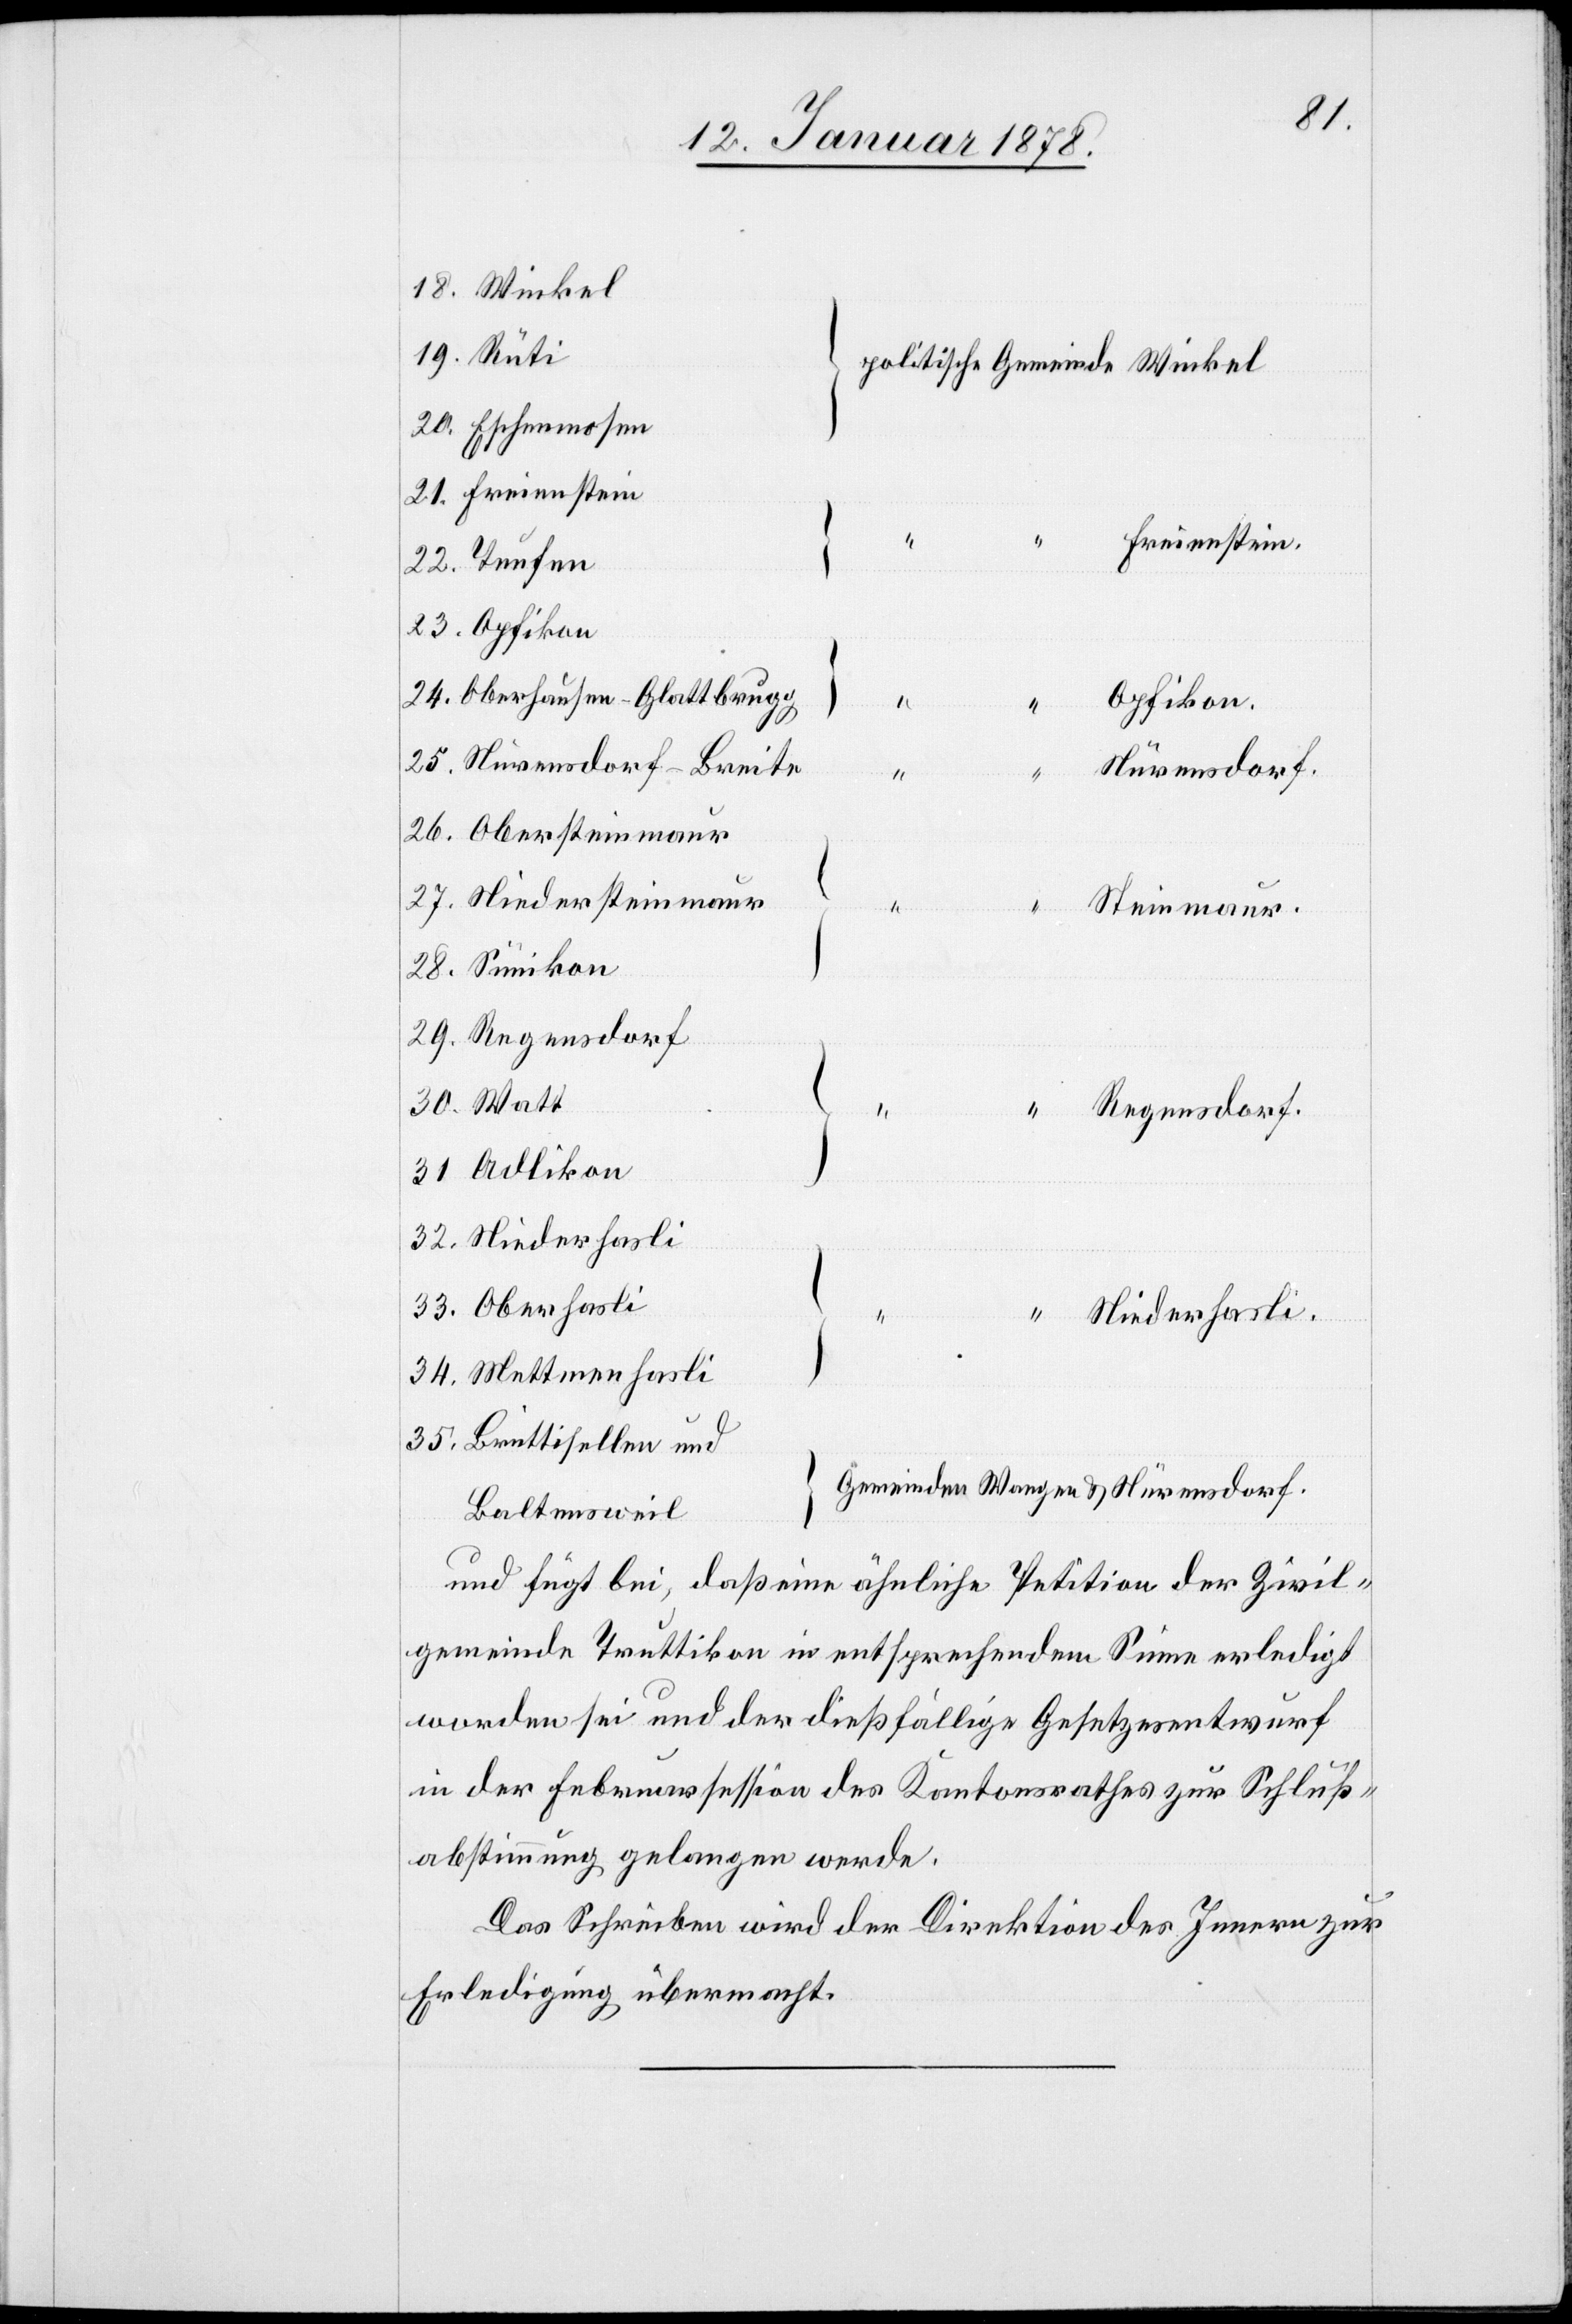
18. Winkel
19. Rüti
20. Eschenmosen
21. Freienstein
Freienstein.
22. Teufen
23. Opfikon
24. Oberhausen-Glattbrugg
Opfikon.
25. Nürensdorf-Breite
Nürensdorf.
Winkel.
26. Obersteinmaur
27. Niedersteinmaur
Gemeinde]
Steinmaur.
28. Sünikon
29. Regensdorf
30. Watt
Regensdorf.
31. Adlikon
32. Niederhasli
33. Oberhasli
Niederhasli
34. Mettmenhasli
35. Brüttisellen und
Gemeinden Wangen & Nürensdorf.
Baltensweil
und fügt bei, daß eine ähnliche Petition der Zivil¬
gemeinde Truttikon in entsprechendem Sinne erledigt
worden sei und der dießfällige Gesetzesentwurf
in der Februarkommission des Kantonsrathes zur Schluß¬
abstimmung gelangen werde.
Das Schreiben wird der Direktion des Innern zur
Erledigung übermacht.

17.